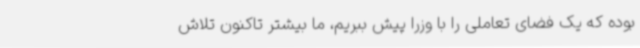
بوده که یک فضای تعاملی را با وزرا پیش ببریم، ما بیشتر تاکنون تلاش